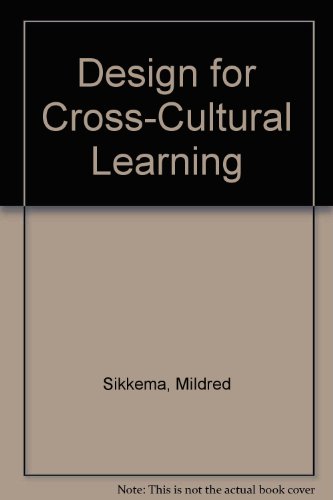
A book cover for Design for Cross-Cultural Learning; Mildred Sikkema; Travel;